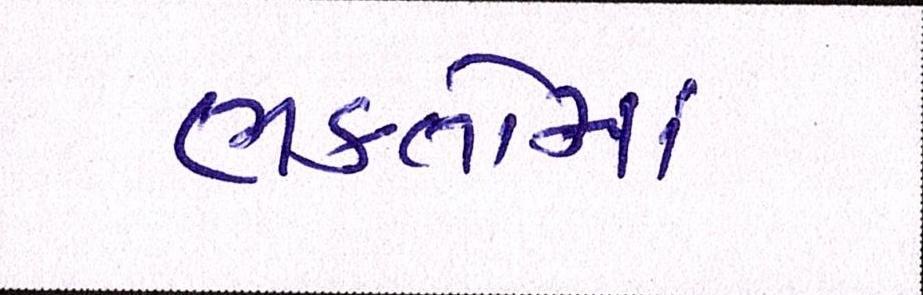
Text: ભકતોમાં